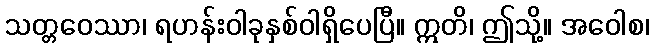
သတ္တဝေဿာ၊ ရဟန်းဝါခုနှစ်ဝါရှိပေပြီ။ ဣတိ၊ ဤသို့။ အဝေါစ၊